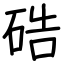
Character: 硞